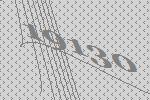
19130